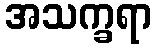
အသက္ခရာ